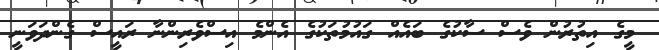
މީގެ އިތުރުން ވެސް ސާކުގެ ބައެއް ގައުމުތަކުގެ އެންމެ އިސްވެރިންނާ ރައީސް ގެންދަވަނީ